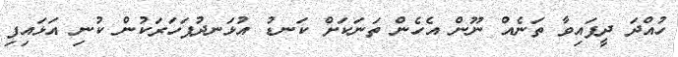
ހުއްދަ ދީފައިވާ ތަނެއް ނޫން އެހެން ތަނަކަށް ކަނޑު އުޅަނދުފަހަރަކުން ކުނި އަޅައިފި